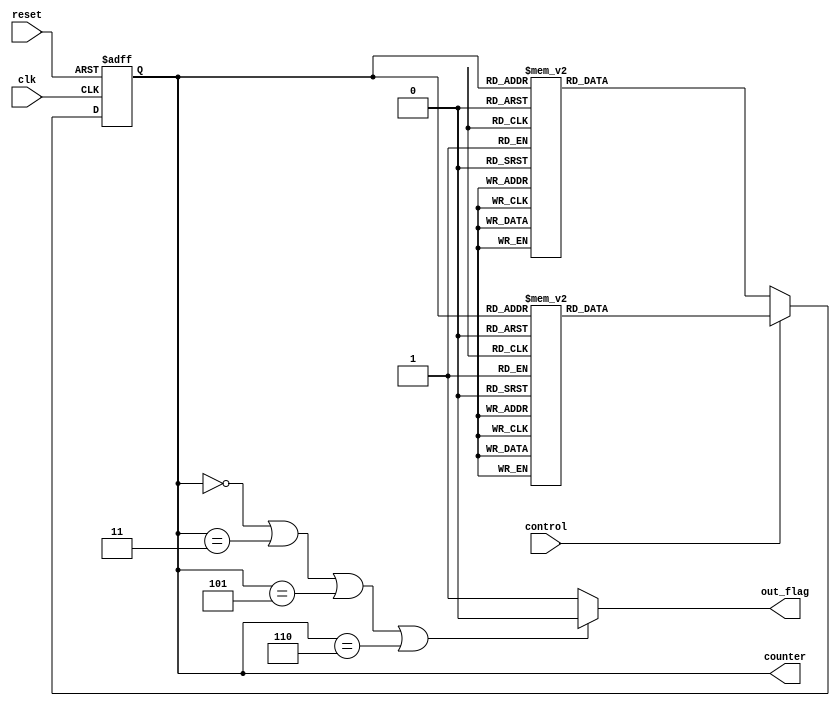
module BCDandGrayCode(
    input control,
    output reg out_flag,
    output reg[2:0]counter,
    input clk,
    input reset
    );
	 
	// counter encoding
	parameter S0=3'b000, S1=3'b001, S2=3'b010, S3=2'b011, S4=3'b100, S5=3'b101, S6=3'b110, S7=3'b111;
	
	
	always @(posedge clk or posedge reset)
	begin
	if (reset == 1'b1)
		counter <= S0;
	else
		if(control == 1'b0)
			case (counter)
			S0: counter <= S1;
			S1: counter <= S2;
			S2: counter <= S3;
			S3: counter <= S4;
			S4: counter <= S5;
			S5: counter <= S6;
			S6: counter <= S7;
			S7: counter <= S0;
			default: counter <= S0;
			endcase
		// Gray code count	
		else
			case (counter)
			S0: counter <= S1;
			S1: counter <= S3;
			S2: counter <= S6;
			S3: counter <= S2;
			S4: counter <= S0;
			S5: counter <= S4;
			S6: counter <= S7;
			S7: counter <= S5;
			default: counter <= S0;
			endcase
	
	end
	
	// check for even counts of control, else set out_flag to 1
	always @(*) begin
	if(counter == S0 || counter == S3 || counter == S5 || counter == S6)
		out_flag = 1'b0;
	else
		out_flag = 1'b1;
	end
	
endmodule